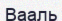
Вааль